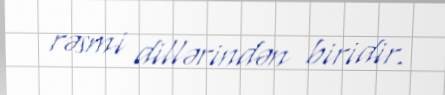
rəsmi dillərindən biridir.